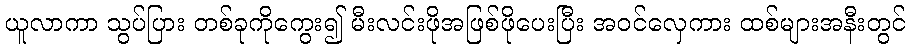
ယူလာကာ သွပ်ပြား တစ်ခုကိုကွေး၍ မီးလင်းဖိုအဖြစ်ဖိုပေးပြီး အဝင်လှေကား ထစ်များအနီးတွင်